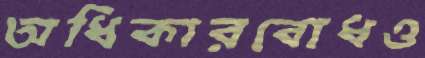
অধিকারবোধও